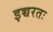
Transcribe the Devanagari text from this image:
इच्चरतः